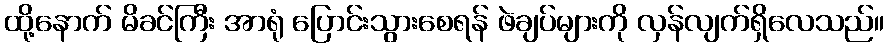
ထို့နောက် မိခင်ကြီး အာရုံ ပြောင်းသွားစေရန် ဖဲချပ်များကို လှန်လျက်ရှိလေသည်။